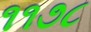
૧૧૭૮